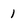
Character: 1